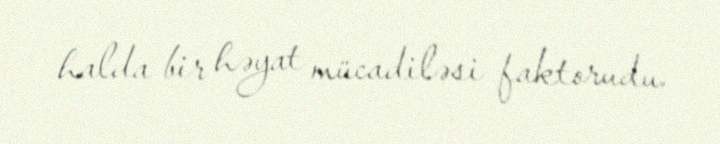
halda bir həyat mücadiləsi faktorudu.